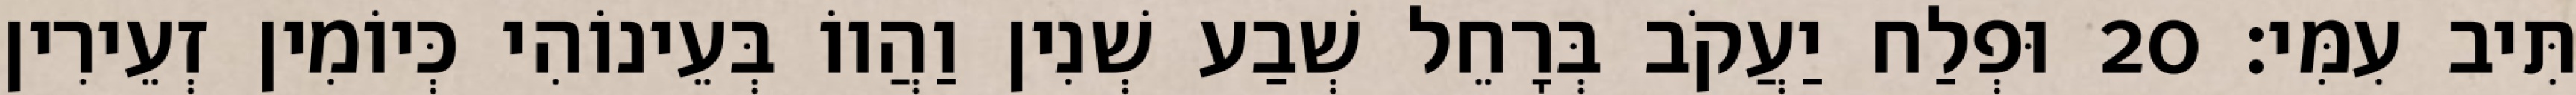
תִּיב עִמִּי׃ 20 וּפְלַח יַעֲקֹב בְּרָחֵל שְׁבַע שְׁנִין וַהֲווֹ בְּעֵינוֹהִי כְּיוֹמִין זְעֵירִין